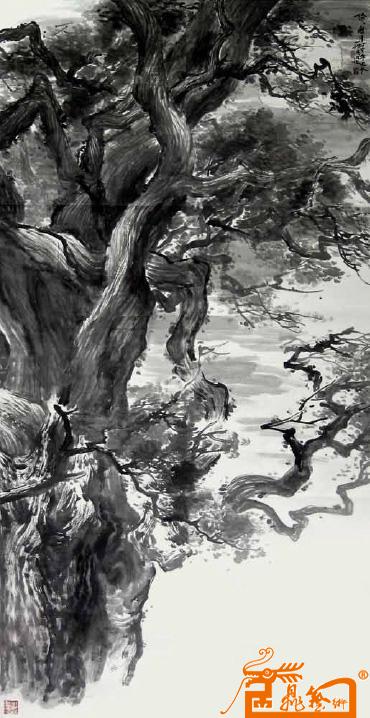
不知何岁月，得与尔同归？